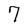
Character: 7